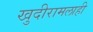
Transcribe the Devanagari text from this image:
खुदीरामलाही